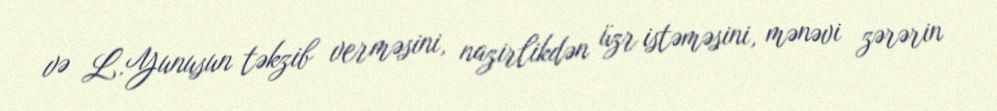
və L.Yunusun təkzib verməsini, nazirlikdən üzr istəməsini, mənəvi zərərin